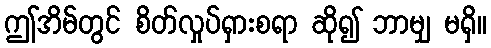
ဤအိမ်တွင် စိတ်လှုပ်ရှားစရာ ဆို၍ ဘာမျှ မရှိ။